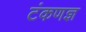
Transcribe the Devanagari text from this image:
टंकणज्ञ